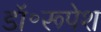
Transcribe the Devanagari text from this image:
डॉ॰रूपेश